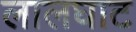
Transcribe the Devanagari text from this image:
लालघाट